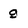
Character: 9